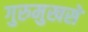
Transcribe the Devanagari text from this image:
गुरुमुखसे